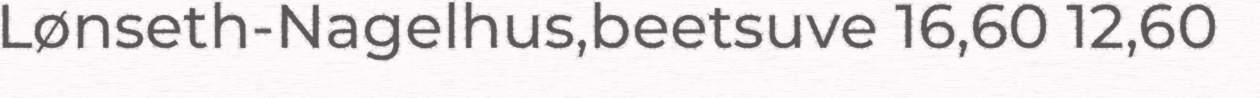
Lønseth-Nagelhus,beetsuve 16,60 12,60